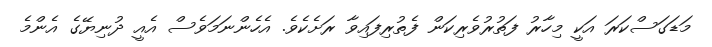
މަޑަގަސްކަރަ އަކީ މިހާރު ފަތުރުވެރިކަން ފެތުރިފައިވާ ރަށެކެވެ. އެހެންނަމަވެސް އެއީ ދުނިޔޭގެ އެންމެ